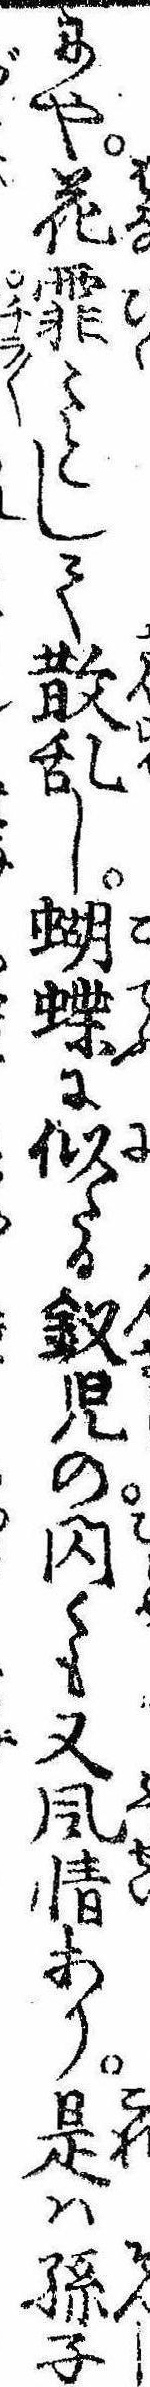
にや花霏〻として散乱し蝴蝶に似たる釵児の閃くも又風情あり是は孫子